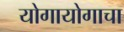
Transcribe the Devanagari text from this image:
योगायोगाचा